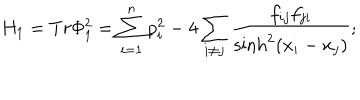
H _ { 1 } = T r \Phi _ { 1 } ^ { 2 } = \sum _ { i = 1 } ^ { n } p _ { i } ^ { 2 } - 4 \sum _ { i \neq j } \frac { f _ { i j } f _ { j i } } { \sinh ^ { 2 } ( x _ { i } - x _ { j } ) } ;